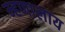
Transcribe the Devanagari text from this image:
म्हणालाय